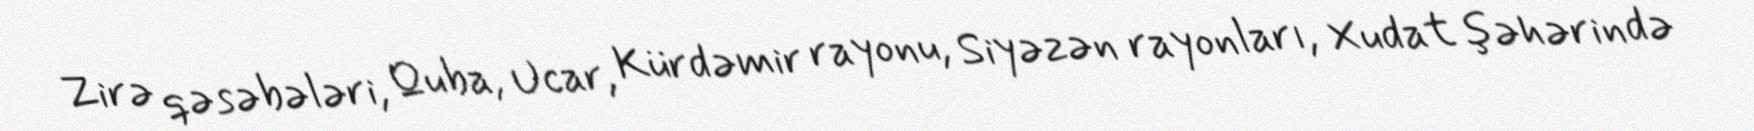
Zirə qəsəbələri, Quba, Ucar, Kürdəmir rayonu, Siyəzən rayonları, Xudat şəhərində